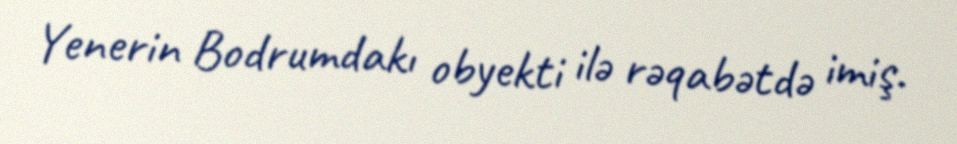
Yenerin Bodrumdakı obyekti ilə rəqabətdə imiş.